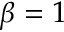
\beta = 1